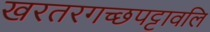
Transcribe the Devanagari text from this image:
खरतरगच्छपट्टावलि